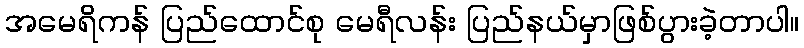
အမေရိကန် ပြည်ထောင်စု မေရီလန်း ပြည်နယ်မှာဖြစ်ပွားခဲ့တာပါ။